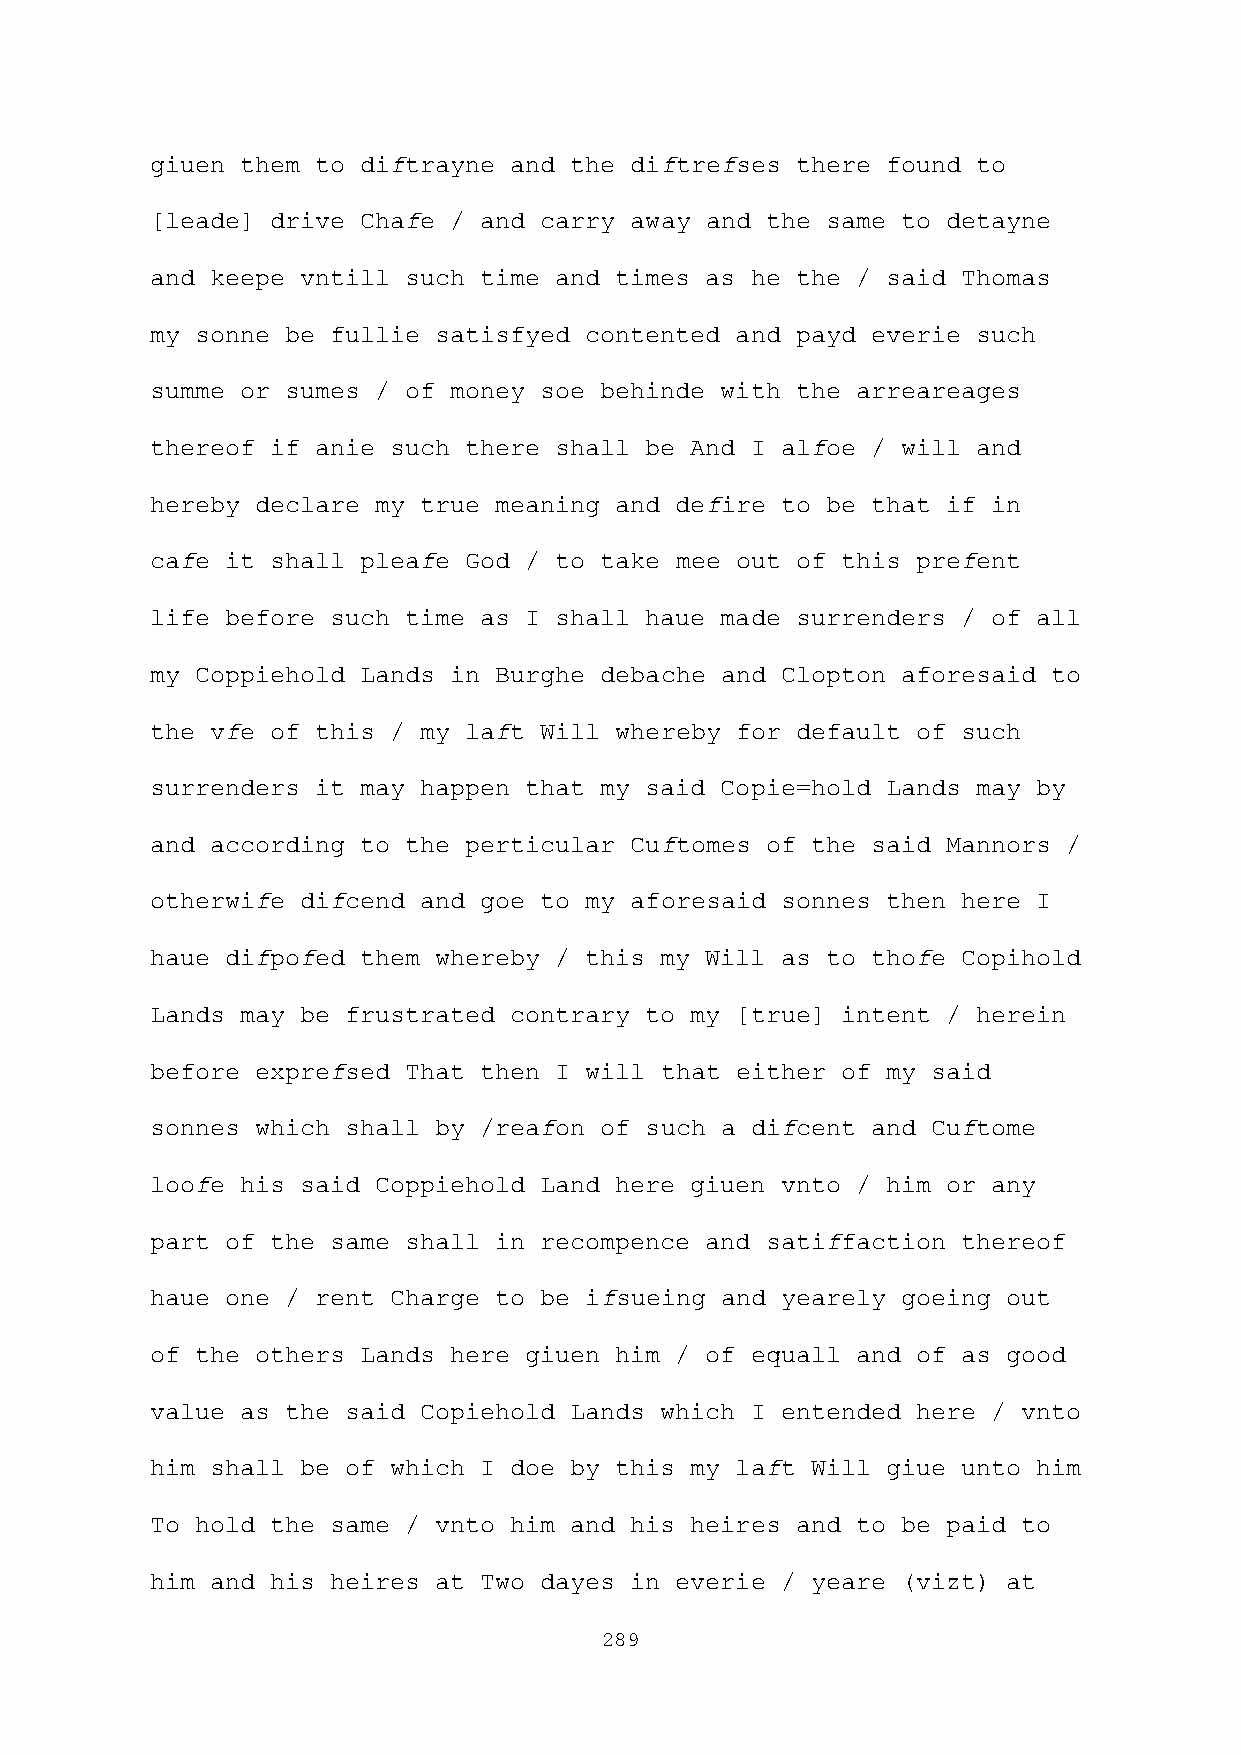
giuen them to diftrayne and the diftrefses there found to
 [leade] drive Chafe / and carry away and the same to detayne
 and keepe vntill such time and times as he the / said Thomas
 my sonne be fullie satisfyed contented and payd everie such
 summe or sumes / of money soe behinde with the arreareages
 thereof if anie such there shall be And I alfoe / will and
 hereby declare my true meaning and defire to be that if in
 cafe it shall pleafe God / to take mee out of this prefent
 life before such time as I shall haue made surrenders / of all
 my Coppiehold Lands in Burghe debache and Clopton aforesaid to
 the vfe of this / my laft Will whereby for default of such
 surrenders it may happen that my said Copie=hold Lands may by
 and according to the perticular Cuftomes of the said Mannors /
 otherwife difcend and goe to my aforesaid sonnes then here I
 haue difpofed them whereby / this my Will as to thofe Copihold
 Lands may be frustrated contrary to my [true] intent / herein
 before exprefsed That then I will that either of my said
 sonnes which shall by /reafon of such a difcent and Cuftome
 loofe his said Coppiehold Land here giuen vnto / him or any
 part of the same shall in recompence and satiffaction thereof
 haue one / rent Charge to be ifsueing and yearely goeing out
 of the others Lands here giuen him / of equall and of as good
 value as the said Copiehold Lands which I entended here / vnto
 him shall be of which I doe by this my laft Will giue unto him
 To hold the same / vnto him and his heires and to be paid to
 him and his heires at Two dayes in everie / yeare (vizt) at
 289